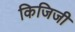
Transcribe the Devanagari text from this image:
किजिजी